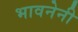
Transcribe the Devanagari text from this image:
भावनेनी